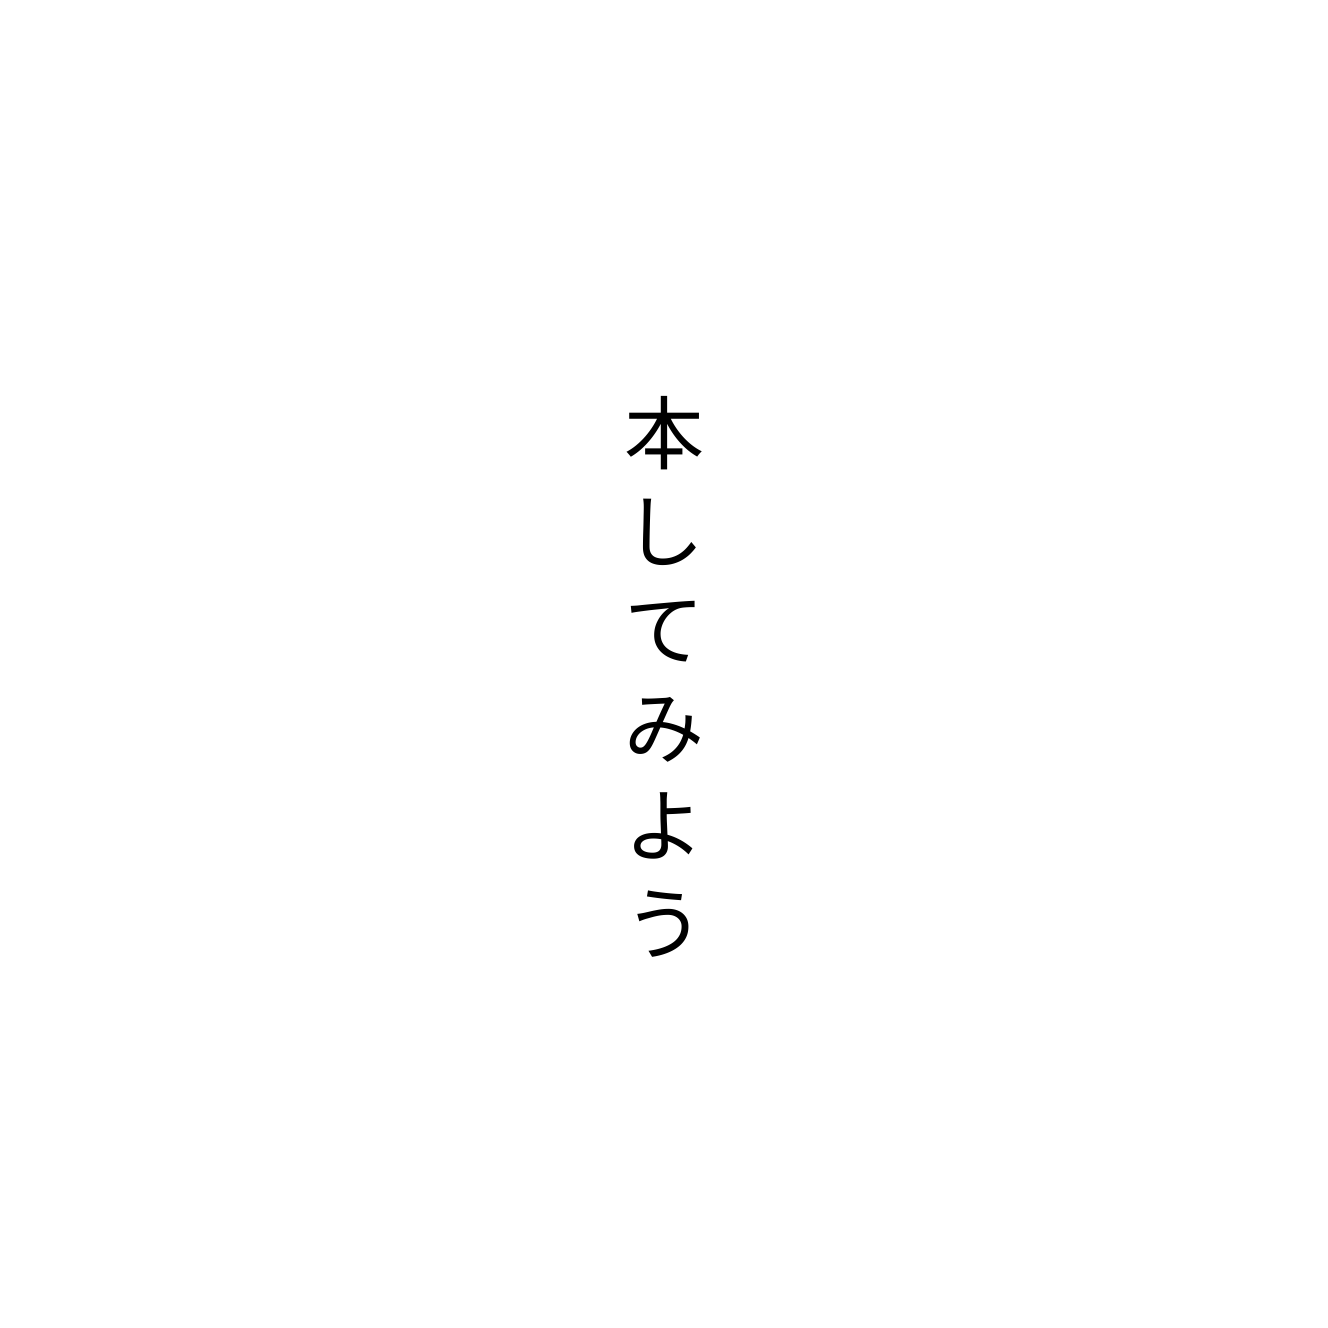
本してみよう